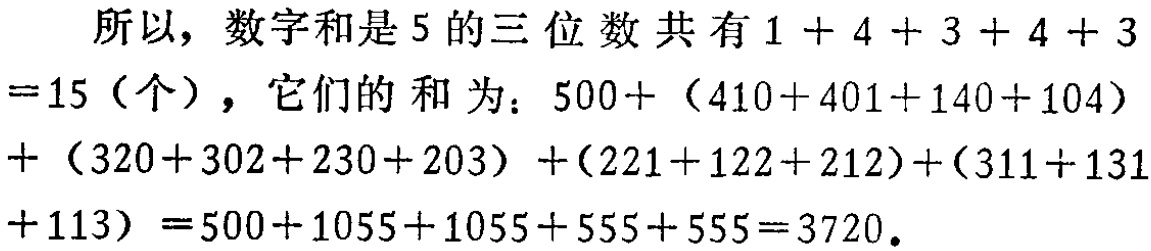
所以，数字和是 5 的三位数共有 \(1 + 4 + 3 + 4 + 3=15\)（个），它们的和为：\(500+ (410+401+140+104)+ (320+302+230+203) +(221+122+212)+(311+131+113) =500+1055+1055+555+555=3720\)。